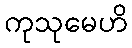
ကုသုမေဟိ